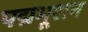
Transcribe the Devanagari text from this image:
पद्मभूशन